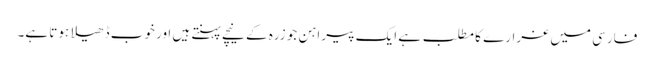
فارسی میں غرارے کا مطلب ہے ایک پیراہن جو زرہ کے نیچے پہنتے ہیں اور خوب ڈھیلا ہوتا ہے۔